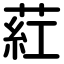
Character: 葒